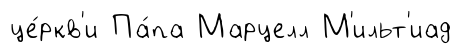
це́ркв'и Па́па Марцелл М'ильт'иад